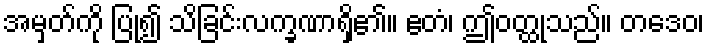
အမှတ်ကို ပြု၍ သိခြင်းလက္ခဏာရှိ၏။ ဧတံ၊ ဤဝတ္ထုသည်။ တဒေဝ၊